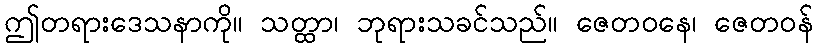
ဤတရားဒေသနာကို။ သတ္ထာ၊ ဘုရားသခင်သည်။ ဇေတဝနေ၊ ဇေတဝန်